Reports on dispensaries and lunatic asylums in the Province of Oudh - 1869-1876
Year: 1869
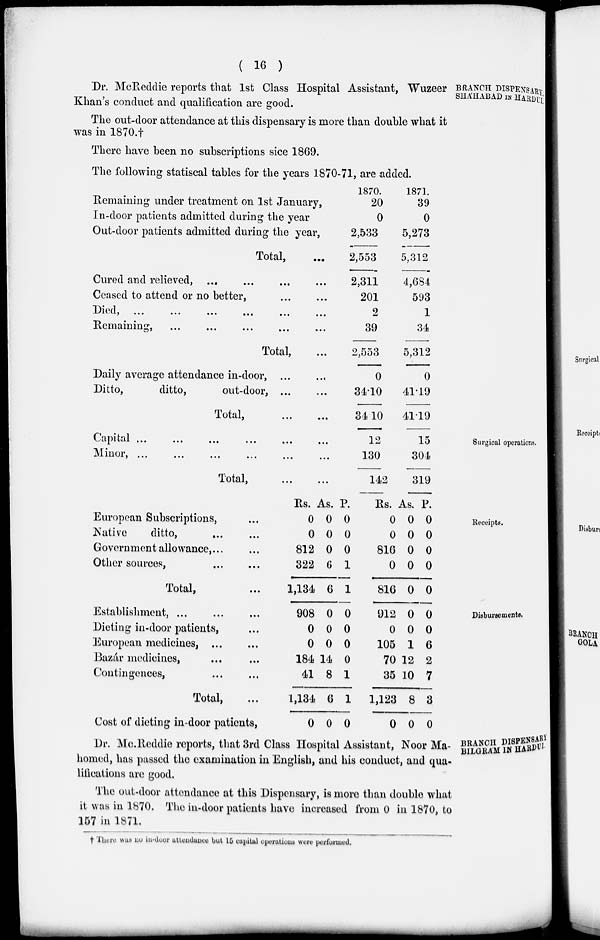
( 16 )
BRANCH DISPENSARY.
SHÁHABAD IN HARDUI.
Dr. McReddie reports that 1st Class Hospital Assistant, Wuzeer
Khan's conduct and qualification are good.
The out-door attendance at this dispensary is more than double what it
was in 1870.†
There have been no subscriptions sice 1869.
The following statiscal tables for the years 1870-71, are added.
Remaining under treatment on 1st January,
In-door patients admitted during the year
Out-door patients admitted during the year,
Total, ...
Cured and relieved, ... ... ... ...
Ceased to attend or no better, ... ...
Died,
...
...
...
...
...
...
Remaining, ... ... ... ... ...
Total, ...
Daily average attendance in-door, ... ...
Ditto,
ditto,
out-door, ... ...
Total,
...
...
1870.
20
0
2,533
2,553
2,311
201
2
39
2,553
0
34.10
34.10
1871.
39
0
5,273
5,312
4,684
593
1
34
5,312
0
41.19
41.19
Surgical operations.
Capital,
...
...
...
...
...
...
Minor,
...
...
...
...
...
...
Total,
...
...
12
130
142
15
304
319
Receipts.
European Subscriptions, ...
Native
ditto, ... ...
Government allowance, . . . ...
Other sources,
...
...
Total, ...
Rs.
0
0
812
322
1,134
As.
0
0
0
6
6
P.
0
0
0
1
1
Rs.
0
0
816
0
816
As.
0
0
0
0
0
P.
0
0
0
0
0
Disbursements.
Establishment, ... ... ...
Dieting in-door patients, ...
European medicines, ... ...
Bazár medicines, ... ...
Contingences, ... ...
Total, ...
Cost of dieting in-door patients,
908
0
0
184
41
1,134
0
0
0
0
14
8
6
0
0
0
0
0
1
1
0
912
0
105
70
35
1,123
0
0
0
1
12
10
8
0
0
0
6
2
7
3
0
BRANCH DISPENSARY
BILGRÁM IN HARDUI.
Dr. Mc.Reddie reports, that 3rd Class Hospital Assistant, Noor Ma-
homed, has passed the examination in English, and his conduct, and qua-
lifications are good.
The out-door attendance at this Dispensary, is more than double what
it was in 1870. The in-door patients have increased from 0 in 1870, to
157 in 1871.
† There was no in-door attendance but 15 capital operations were performed.